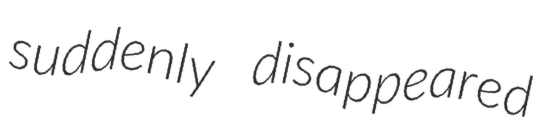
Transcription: suddenly disappeared